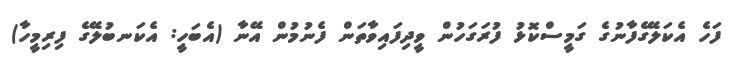
ފަހެ އެކަލޭގެފާނުގެ ގަމީސްކޮޅު ފުރަގަހުން ވީދިފައިވާތަން ފެނުމުން އޭނާ (އެބަހީ: އެކަނބުލޭގެ ފިރިމީހާ)